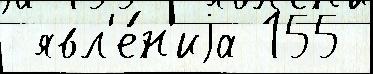
 явл'е́н'иjа 155